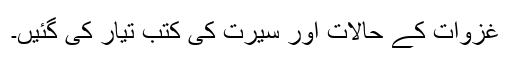
غزوات کے حالات اور سیرت کی کتب تیار کی گئیں۔